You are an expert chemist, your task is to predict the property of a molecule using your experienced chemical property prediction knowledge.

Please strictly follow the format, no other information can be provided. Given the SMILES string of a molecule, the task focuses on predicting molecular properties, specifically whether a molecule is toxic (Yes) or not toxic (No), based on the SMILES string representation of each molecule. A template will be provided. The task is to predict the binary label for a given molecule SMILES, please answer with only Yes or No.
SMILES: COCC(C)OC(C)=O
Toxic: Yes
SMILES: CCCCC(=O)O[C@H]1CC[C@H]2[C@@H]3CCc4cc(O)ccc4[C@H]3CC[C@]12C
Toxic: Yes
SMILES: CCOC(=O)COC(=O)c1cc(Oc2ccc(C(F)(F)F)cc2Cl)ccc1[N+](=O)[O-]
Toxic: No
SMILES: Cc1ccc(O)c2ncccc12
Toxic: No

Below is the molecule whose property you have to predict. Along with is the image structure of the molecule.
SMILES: CC(Br)C(=O)O
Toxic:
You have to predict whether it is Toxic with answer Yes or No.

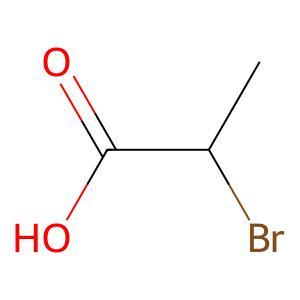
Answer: No